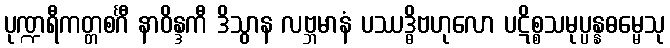
ပုဏ္ဍရီကတ္တစင်္ဂီ နာဝိန္ဒကီ ဒိသွာန လဗ္ဘမာနံ ပဿဒ္ဓိဗဟုလော ပဋိစ္စသမုပ္ပန္နဓမ္မေသု